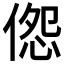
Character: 𪝔